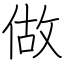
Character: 做